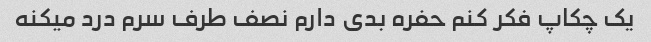
یک چکاپ فکر کنم حفره بدی دارم نصف طرف سرم درد میکنه